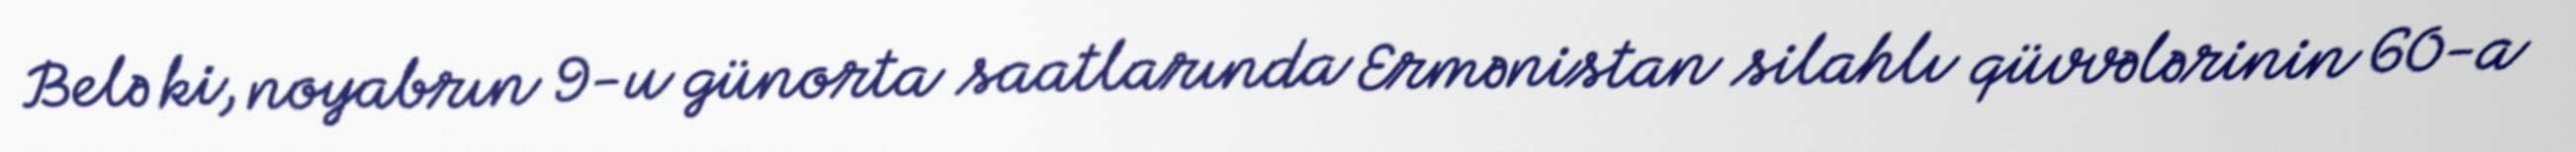
Belə ki, noyabrın 9-u günorta saatlarında Ermənistan silahlı qüvvələrinin 60-a